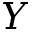
Y